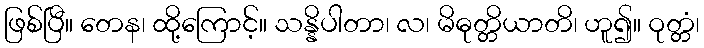
ဖြစ်ပြီ။ တေန၊ ထို့ကြောင့်။ သန္နိပါတာ၊ လ၊ မိဓုတ္တိယာတိ၊ ဟူ၍။ ဝုတ္တံ၊